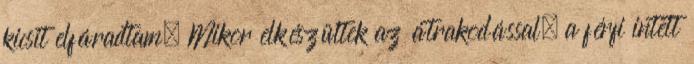
kicsit elfáradtam. Mikor elkészültek az átrakodással, a férfi intett